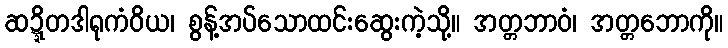
ဆဍ္ဍိတဒါရုကံဝိယ၊ စွန့်အပ်သောထင်းဆွေးကဲ့သို့။ အတ္တဘာဝံ၊ အတ္တဘောကို။